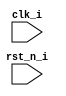
module pa_core_ifu (
    input  wire                         clk_i,
    input  wire                         rst_n_i
);

// do nothing here!

endmodule